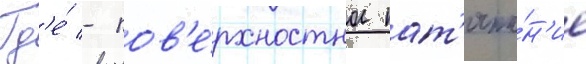
Гд'е́ - пов'е́рхностное нат'яже́н'ие